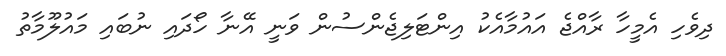
ދިވެހި އެމީހާ ރާއްޖެ އައުމާއެކު އިންޓަލިޖެންސުން ވަނީ އޭނާ ހޯދައި ނުބައި މައުލޫމާތު